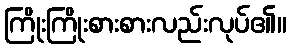
ကြိုးကြိုးစားစားလည်းလုပ်၏။